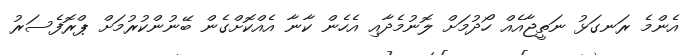
އެންމެ ރަނގަޅު ނަތީޖާއެއް ހޯދުމަށް ލޮނުމެދާއި އެހެން ކާނާ އެއްކޮށްގެން ބޭނުންކުރުމަށް ޕްރޮފެސަރު